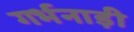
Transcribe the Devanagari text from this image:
गर्भनाड़ी